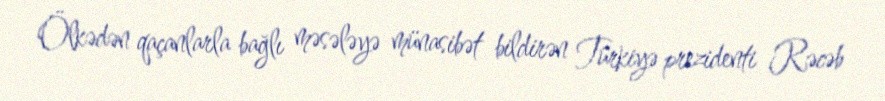
Ölkədən qaçanlarla bağlı məsələyə münasibət bildirən Türkiyə prezidenti Rəcəb